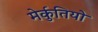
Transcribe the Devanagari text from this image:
मेर्कुतियो